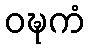
ဝဍ္ဎကံ